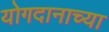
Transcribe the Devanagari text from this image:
योगदानाच्या